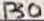
Text: P30